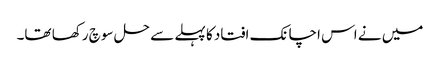
میں نے اس اچانک افتاد کا پہلے سے حل سوچ رکھا تھا۔